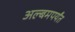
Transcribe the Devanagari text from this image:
अल्बमपर्यंत